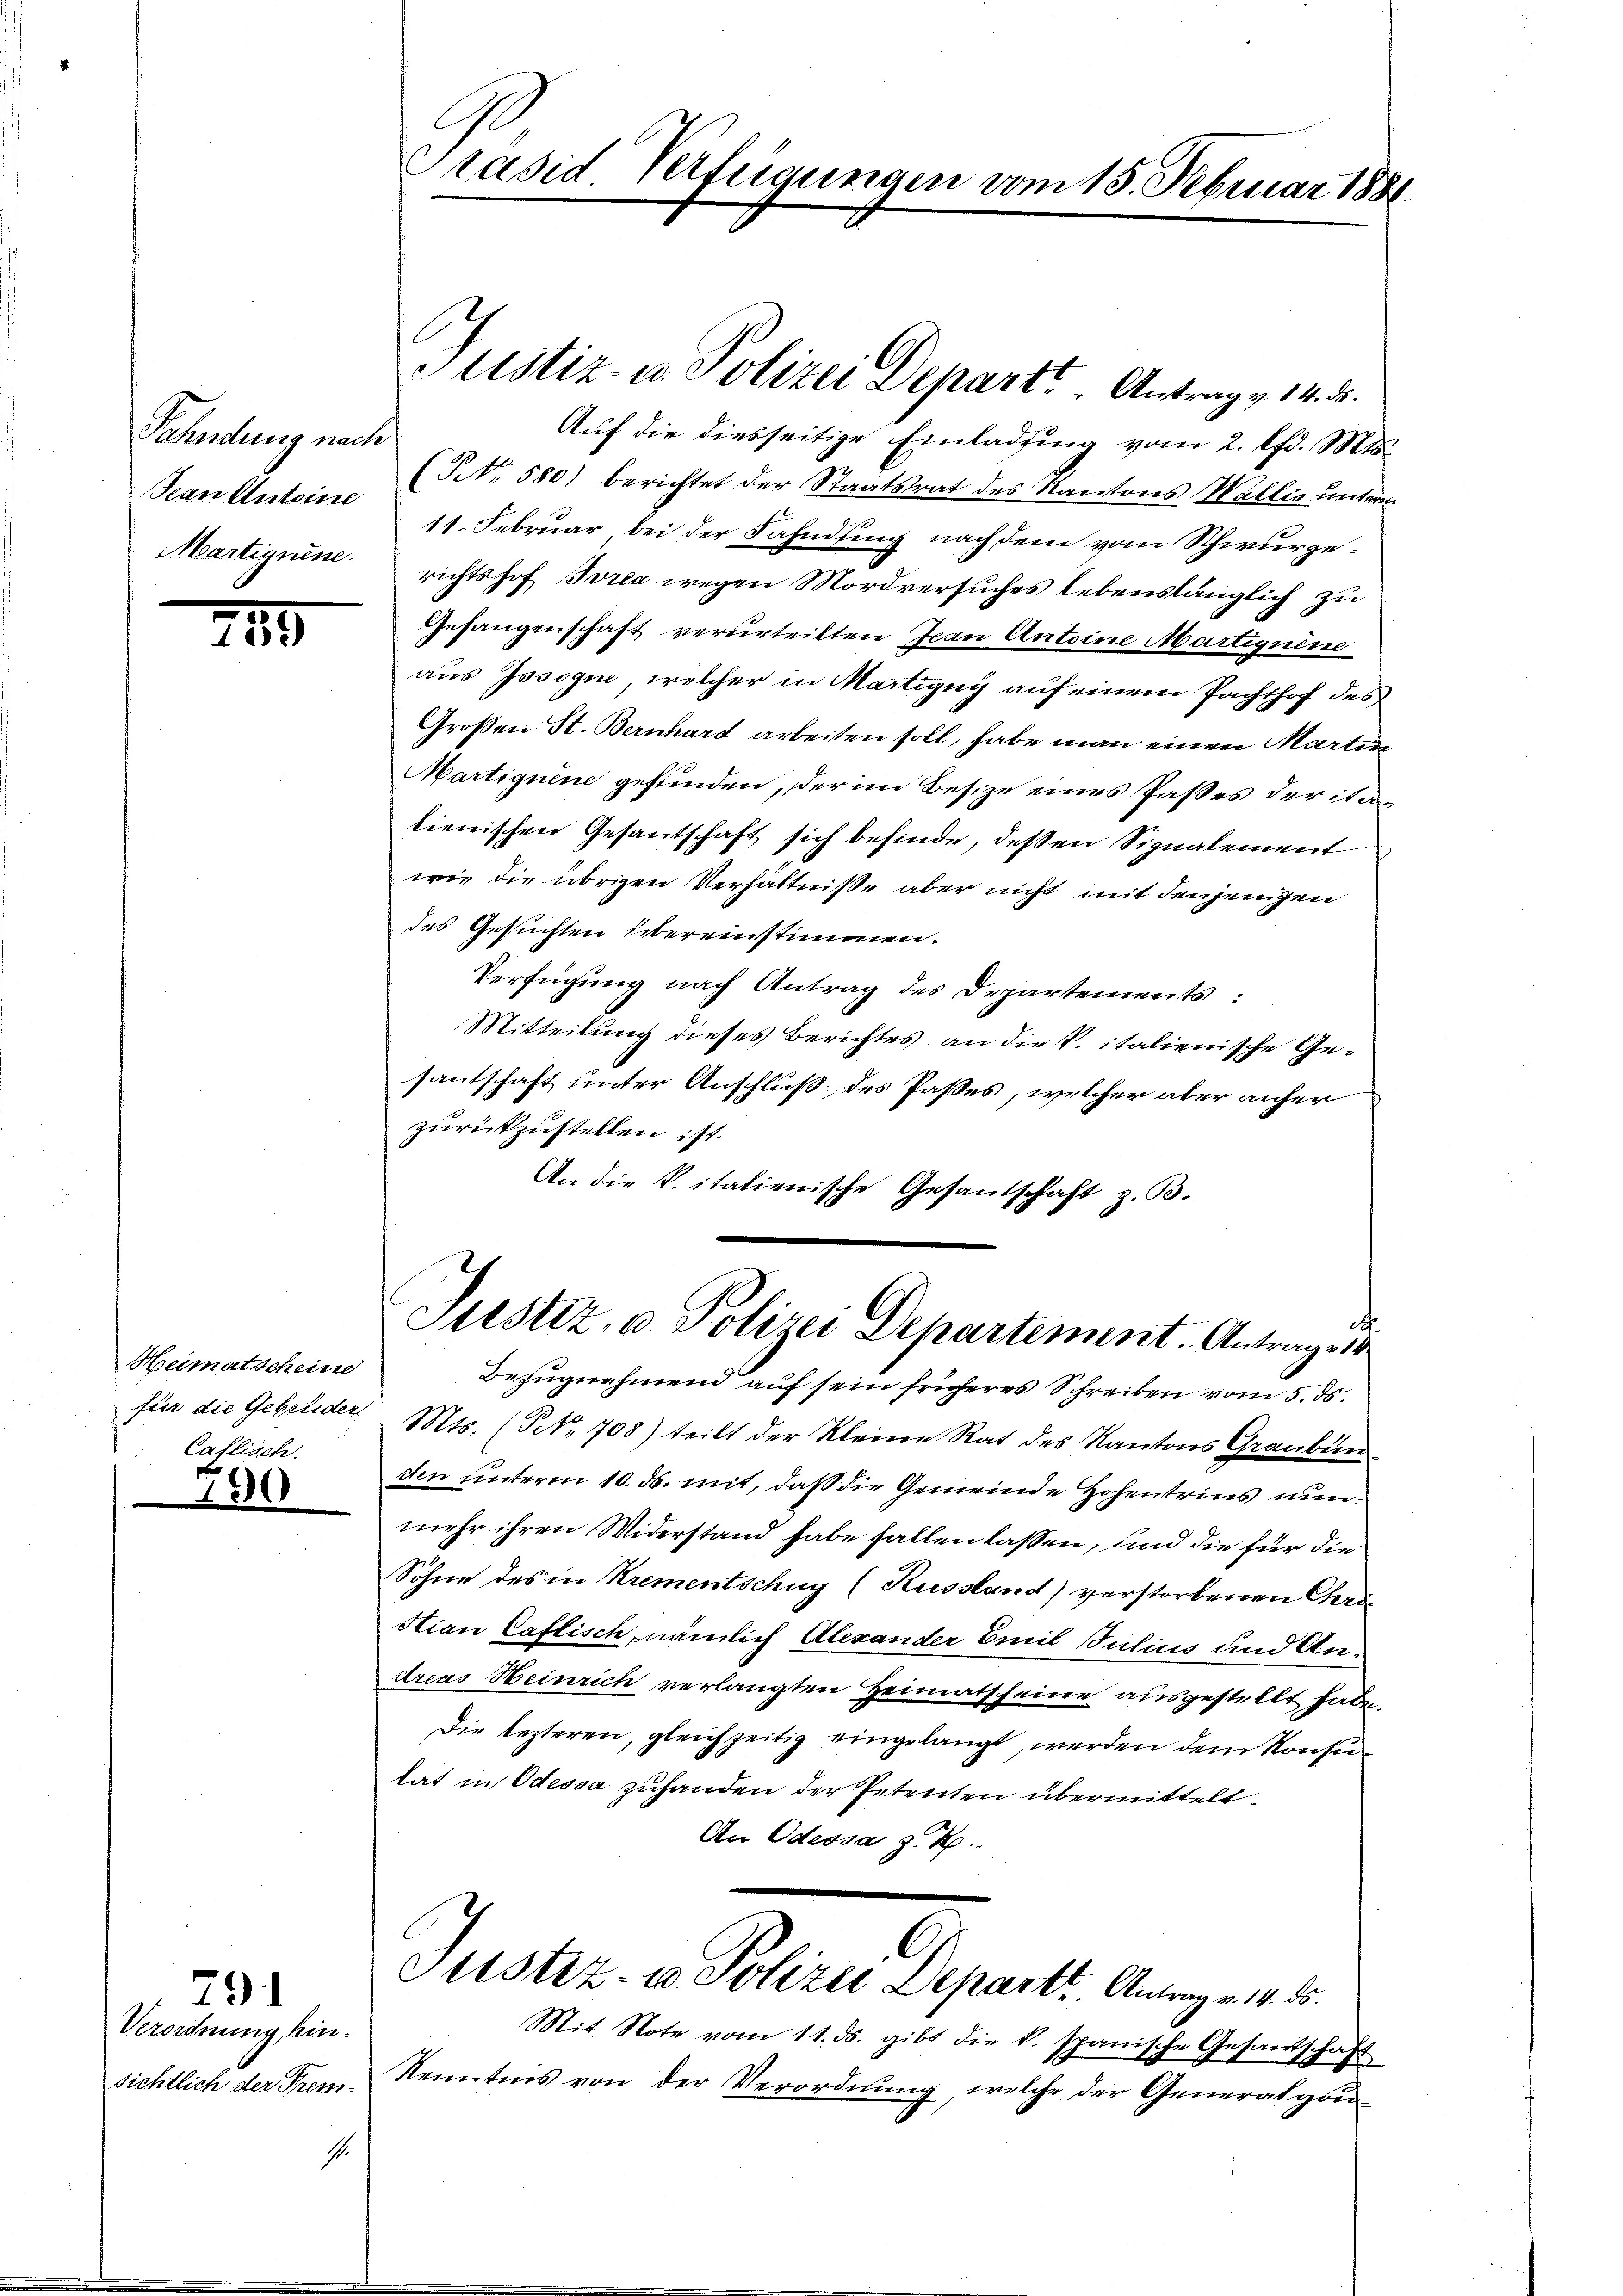
Fahndung nach
Jean stutzine
Martignene.

289

Heimatscheine
Caflisch.

0

791

Verordnung, hinsichtlich der Prem-

Aŭf die diesseitige Einladung vom 2. d. Mts.
(NNo. 580) berichtet der Staatsrat des Kantons Wallis unter
11. Februar bei der Fahndung nach dem vom Schwurgerichtshof Ivrea wegen Mordversuches lebenslänglich zu
Gefangenschaft verurteilten Jean Antoine Martiguine
aus Issogne, welcher in Martigny auf einem Pachthof des
Großen St. Bernhard arbeiten soll, habe man einen Martin
Martiguine gefunden, der im Besize eines Paßes der itatienischen Gesantschaft sich befinde, dessen Signalement
wie die übrigen Verhältniße aber nicht mit denjenigen
des Gesuchten übereinstimmen.
Verfügung nach Antrag des Departements:
Mitteilung dieses Berichtes an die P. italienische Gesantschaft unter Anschluß des Paßes, welcher aber anher
zurückzustellen ist.
An die K. italienische Gesandschaft z. B.

C
Präsid Verfügungen vom 15. Februar 1881

Justiz- u. Polizei Depart. " Antrage 14. 5.

¬
Justiz, u. Polizei Departement. Antrages

Bezugnahmend auf sein früheres Schreiben vom 5. ds.
für die Gebrüder. Mts. (NNo. 708) teilt der Kleine Rat des Kantons Graubün
tten unterm 10. ds. mit, daß die Gemeinde Hohentrins nunmehr ihren Widerstand habe fallen lassen, und die für die
Söhne des in Krementschug (Kussland) verstorbenen Christian Caflisch, nämlich Alexander Emil Julius und Andreas Heinrich verlangten Heimatscheine ausgestellt haben.
Die lezteren, gleichzeitig eingelangt, werden dem Konsutat in Odessa zuhanden der Petenten übermittelt.
An Odessa z. R.
Justiz- & Polizei Departr. Antragen d.
Mit Note vom 11. ds. gibt die k. spanische Gesandschaft
Kenntnis von der Verordnung, welche der Generalgou¬
1.